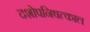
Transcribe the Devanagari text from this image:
दशोपनिषत्काल